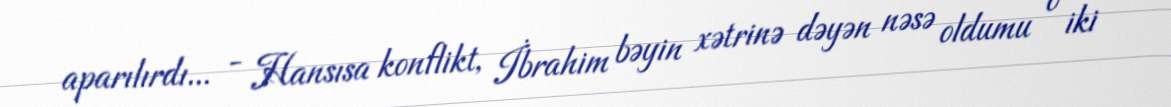
aparılırdı... - Hansısa konflikt, İbrahim bəyin xətrinə dəyən nəsə oldumu o iki